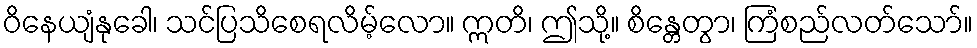
ဝိနေယျံနုခေါ၊ သင်ပြသိစေရလိမ့်လော။ ဣတိ၊ ဤသို့။ စိန္တေတွာ၊ ကြံစည်လတ်သော်။